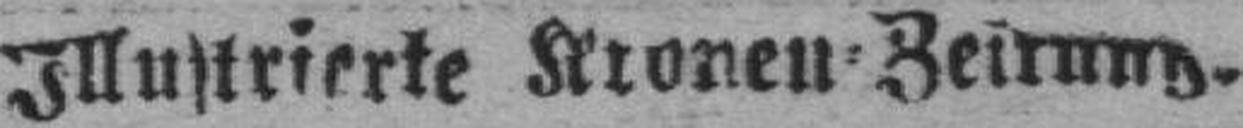
Illustrierte Kronen=Zeitung.